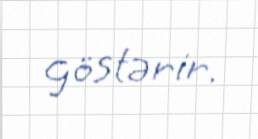
göstərir.